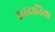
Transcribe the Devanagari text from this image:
सरदानिया